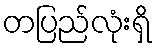
တပြည်လုံးရှိ